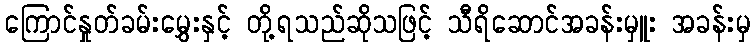
ကြောင်နှုတ်ခမ်းမွှေးနှင့် တို့ရသည်ဆိုသဖြင့် သီရိဆောင်အခန်းမှူး အခန်းမှ